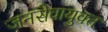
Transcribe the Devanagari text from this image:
जनसेवायुक्‍त